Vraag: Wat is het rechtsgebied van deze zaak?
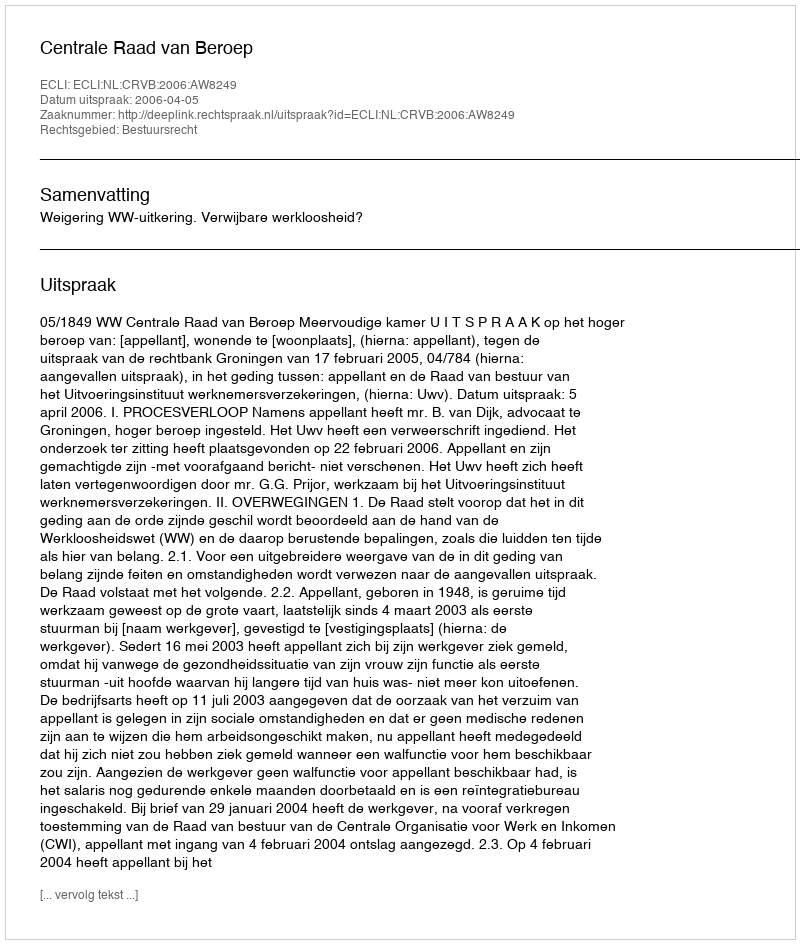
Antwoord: Bestuursrecht